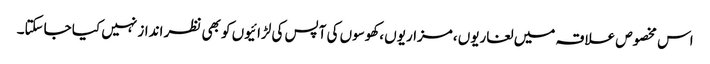
اس مخصوص علاقہ میں لغاریوں ،مزاریوں ،کھوسوں کی آپس کی لڑائیوں کو بھی نظر انداز نہیں کیا جاسکتا۔